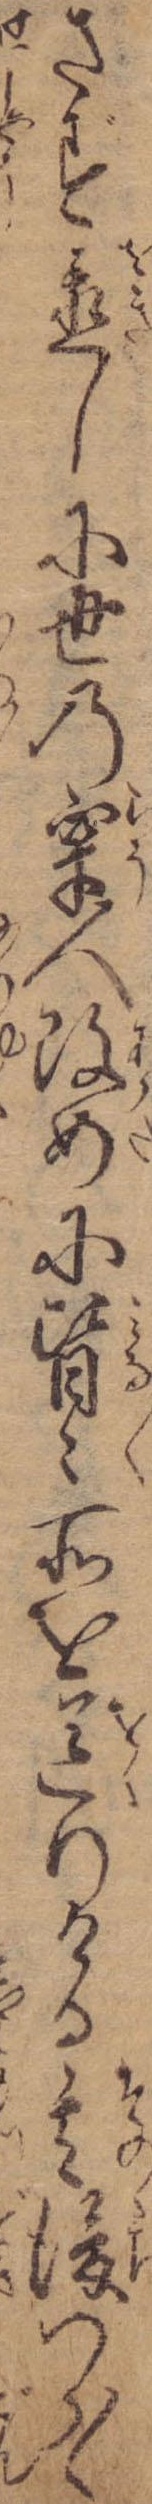
さず置しに世の牢人改めに皆々所を送りける其後つら〱